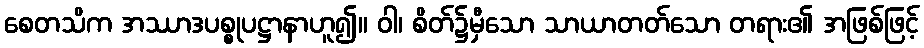
စေတသိက အဿာဒပစ္စုပဋ္ဌာနာဟူ၍။ ဝါ၊ စိတ်၌မှီသော သာယာတတ်သော တရား၏ အဖြစ်ဖြင့်